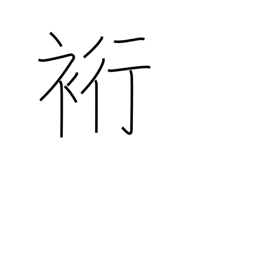
Meaning: sleeve length